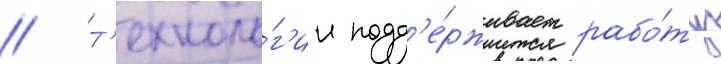
// Т'ехноло́г'ии подд'е́рживает рабо́ту